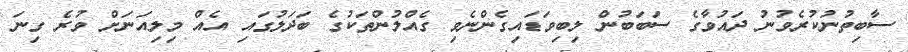
ސާބިތުނުކުރެވުނު ދައުވާގެ ސަބަބުން ލިބިވަޑައިގެންނެވި ގެއްލުންތަކުގެ ބަދަލުގައި އެއް މިލިއަނަށް ވުރެ ގިނަ